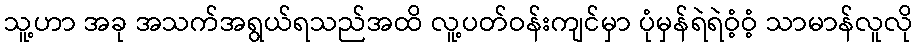
သူ့ဟာ အခု အသက်အရွယ်ရသည်အထိ လူ့ပတ်ဝန်းကျင်မှာ ပုံမှန်ရဲရဲဝံ့ဝံ့ သာမာန်လူလို